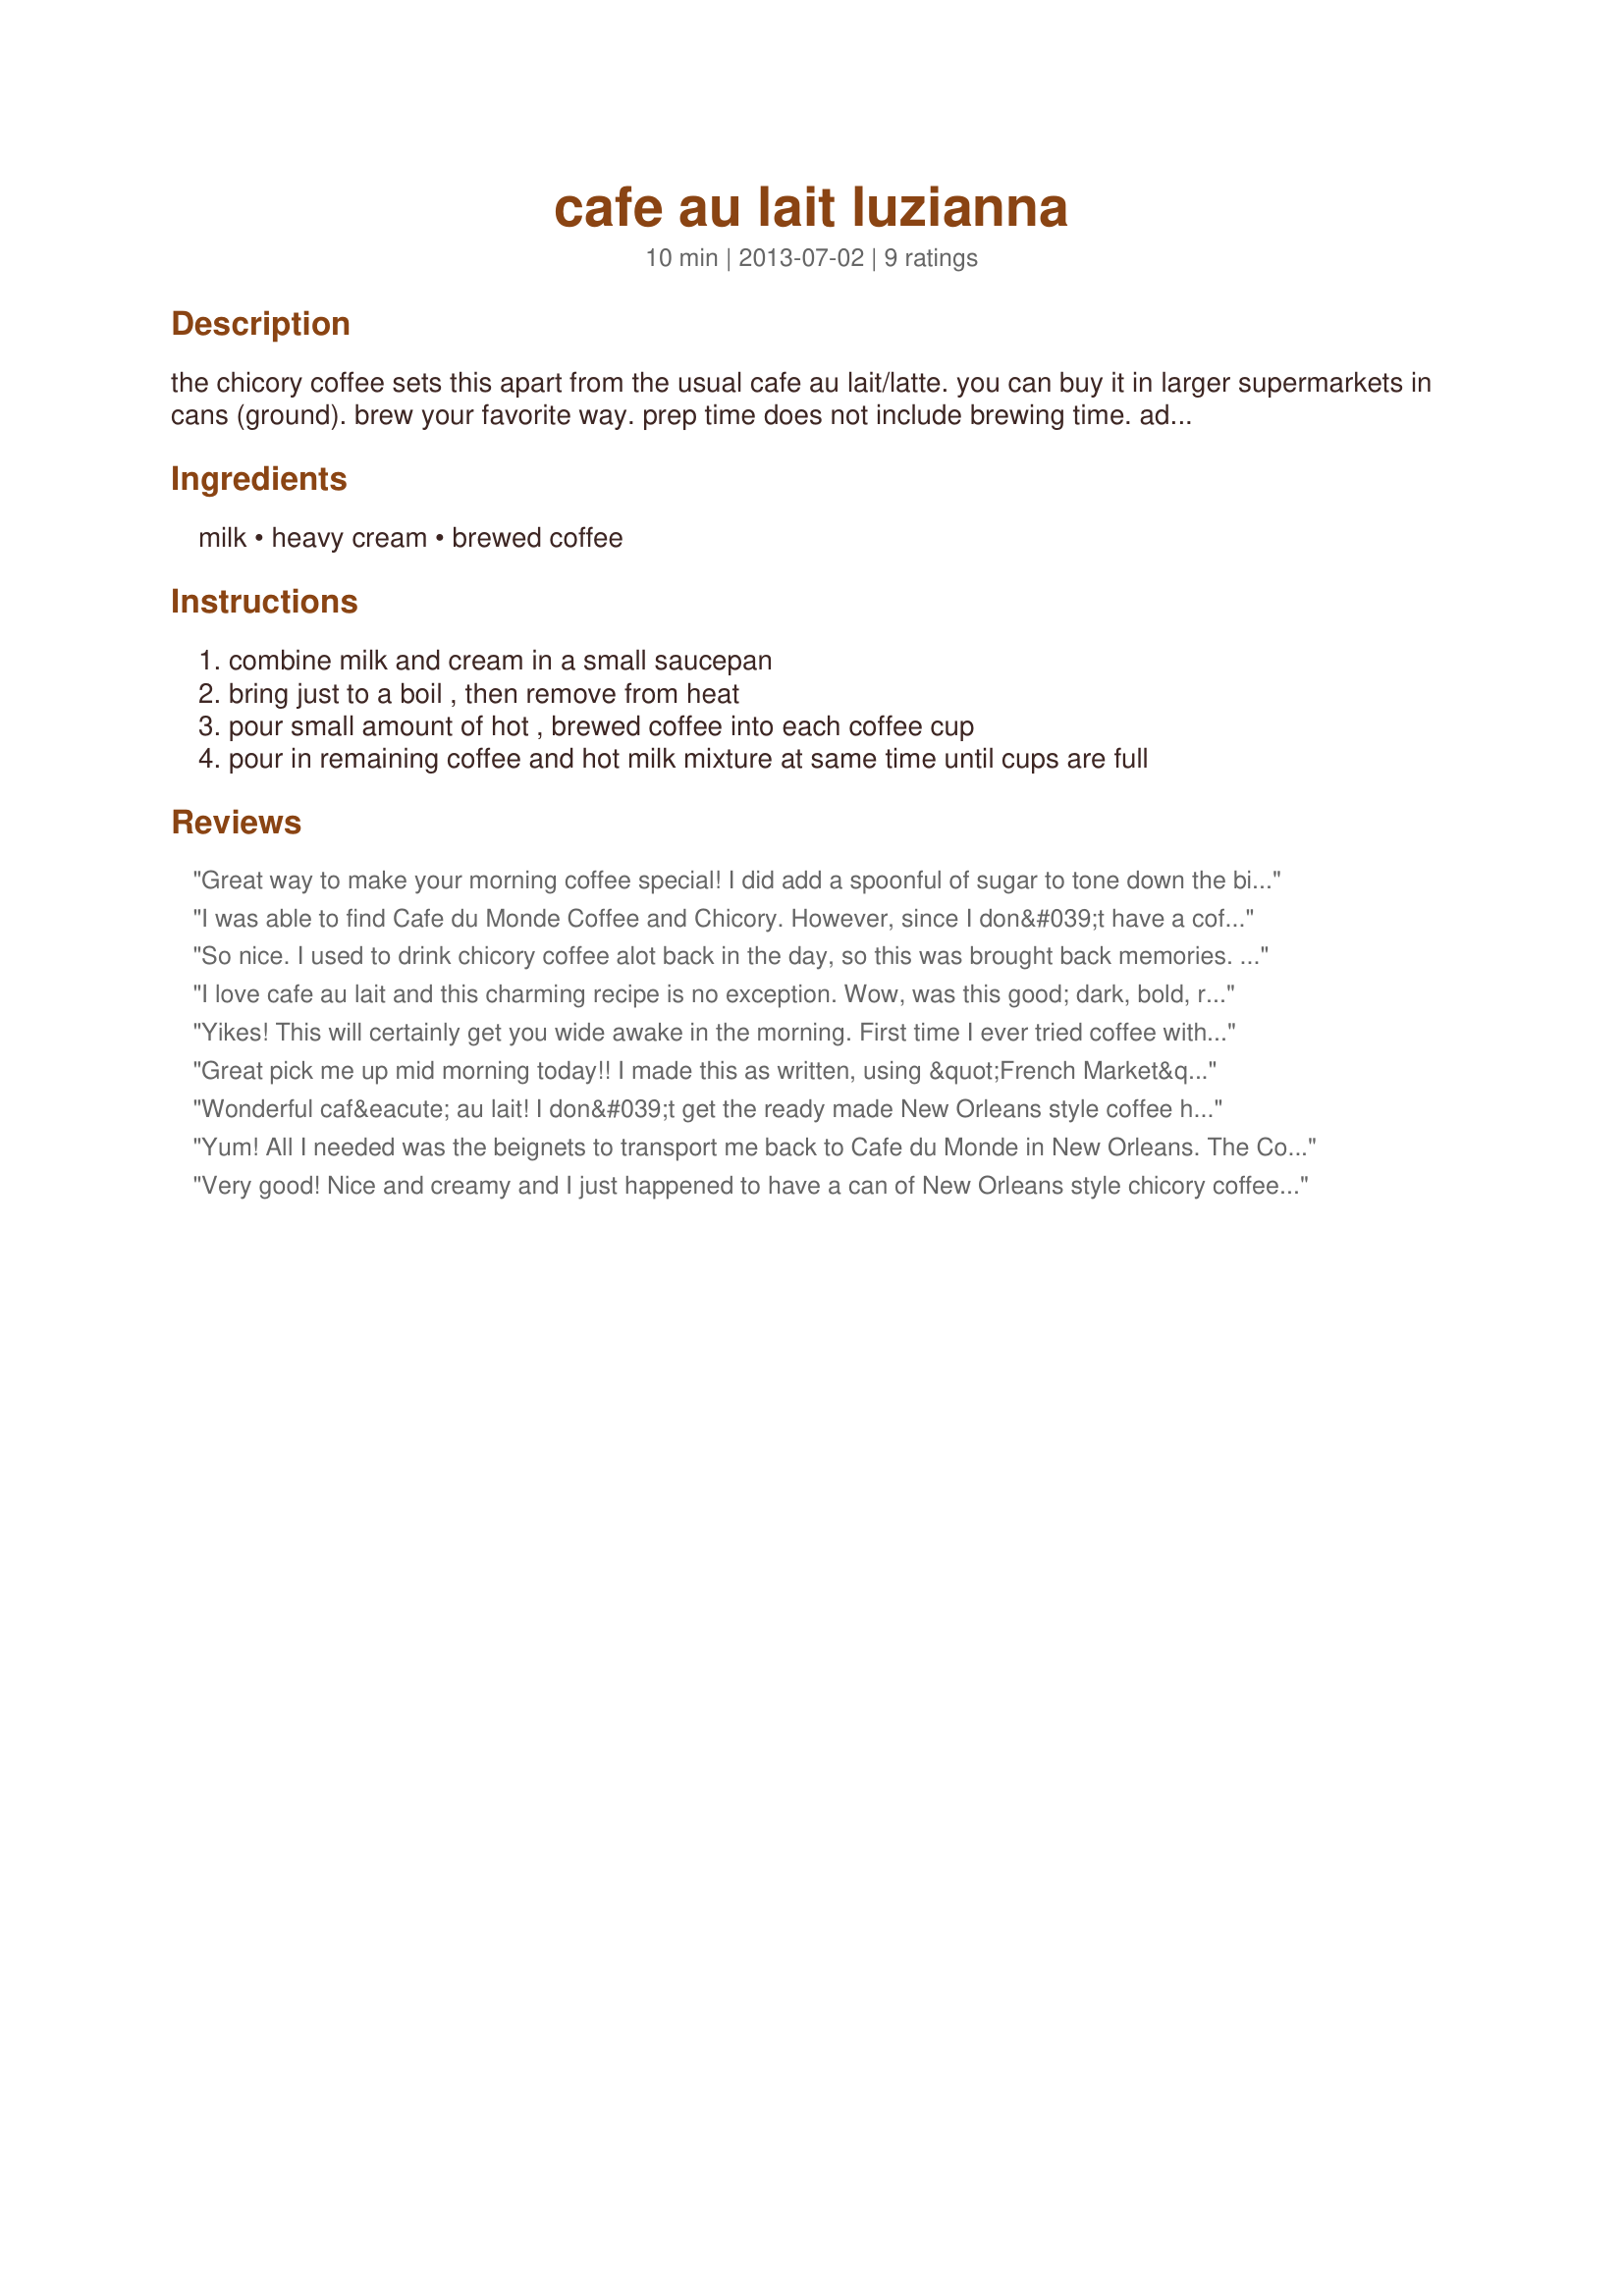
cafe au lait luzianna
Preparation time: 10 minutes

the chicory coffee sets this apart from the usual cafe au lait/latte. you can buy it in larger supermarkets in cans (ground). brew your favorite way. prep time does not include brewing time. add your favorite sweetener, if desired.

Ingredients:
milk, heavy cream, brewed coffee

Steps:
combine milk and cream in a small saucepan, bring just to a boil , then remove from heat, pour small amount of hot , brewed coffee into each coffee cup, pour in remaining coffee and hot milk mixture at same time until cups are full

Reviews:
Great way to make your morning coffee special! I did add a spoonful of sugar to tone down the bitterness of the chicory flavor a bit. Love coffee this way - thanks for sharing the recipe! Made for ZWT9, The Apron String Travelers
I was able to find Cafe du Monde Coffee and Chicory. However, since I don&#039;t have a coffee brewer or even press, I had to look up how to do this without one. I poured boiling water over it; steeped three minutes; stirred; steeped another three minutes. I then poured it through a very fine strainer into a cup that already contained the heated milk and cream. (Missed the part about pouring together.) Aak. BITTER. I don&#039;t know how much of this is my stupid brewing method or the chicory, as other people have commented that chicory is indeed bitter. However, it grew on me as I drank the cup. I do enjoy having a coffee drink with only some caffeine, however, versus a full load of it. I&#039;m not feeling jittery at all. It&#039;s about like tea if terms of impact. ZWT9
So nice. I used to drink chicory coffee alot back in the day, so this was brought back memories. Much enjoyed, thanks! Made for ZWT by a Hot Stuff.
I love cafe au lait and this charming recipe is no exception. Wow, was this good; dark, bold, rich and creamy. I love the nutty slightly bitter flavor of the chicory in the coffee. I bought a small can of coffee that already had chicory in it, this worked really well. With the cream, milk and sugar this coffee was the bomb. Thanks so much for sharing. Made for ZWT9 - Panthers on the Prowl.
Yikes! This will certainly get you wide awake in the morning. First time I ever tried coffee with chicory. I love coffee and usually drink about 3 cups of black coffee per day. I couldn&#039;t drink it without adding a package of Splenda, and even then I think this is an acquired taste.
Great pick me up mid morning today!! I made this as written, using &quot;French Market&quot; chicory coffee, 2% milk and the heavy cream, and just like loof, I added 1 packet of &quot;Equal&quot; to the coffee. It is a very strong coffee, so having the large amount of cream and sweetner really makes for a great coffee!! Thanks so much for sharing the recipe. Made for ZWT 9.
Wonderful caf&eacute; au lait! I don&#039;t get the ready made New Orleans style coffee here, so I mixed regular coffee and chicory in a 50 percent ratio. For the milk I used goat&#039;s milk and for the heavy cream almond cream. This made a wonderful blend, I love the nutty, malty bitterness of the chicory. Thanks for sharing!&lt;br/&gt;Made for ZWT 9 / Cajun for The Apron String Travelers
Yum! All I needed was the beignets to transport me back to Cafe du Monde in New Orleans. The Community Coffee brand with chicory is sold here and is nearly as good as the Cafe du Monde blend. I really enjoyed this treat. Made for Mike and the Appliance Killers for ZWT9.
Very good! Nice and creamy and I just happened to have a can of New Orleans style chicory coffee! Perfect morning pick me up! Made for ZWT9
